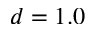
d = 1 . 0